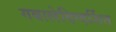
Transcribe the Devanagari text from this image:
गबालेदिग्दर्शित